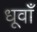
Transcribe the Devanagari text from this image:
धूवाँ